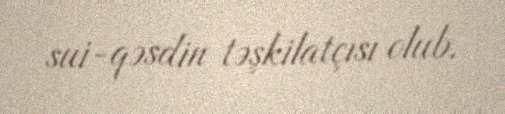
sui-qəsdin təşkilatçısı olub.